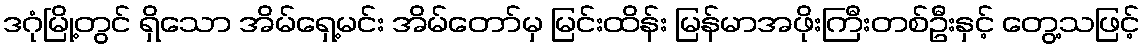
ဒဂုံမြို့တွင် ရှိသော အိမ်ရှေ့မင်း အိမ်တော်မှ မြင်းထိန်း မြန်မာအဖိုးကြီးတစ်ဦးနှင့် တွေ့သဖြင့်